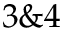
3 \& 4